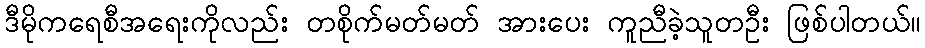
ဒီမိုကရေစီအရေးကိုလည်း တစိုက်မတ်မတ် အားပေး ကူညီခဲ့သူတဦး ဖြစ်ပါတယ်။